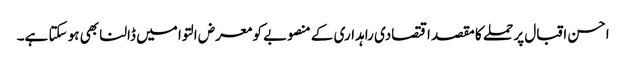
احسن اقبال پر حملے کا مقصد اقتصادی راہداری کے منصوبے کو معرض التوا میں ڈالنا بھی ہو سکتا ہے۔